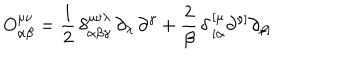
LaTeX: O _ { \alpha \beta } ^ { \mu \nu } = { \frac { 1 } { 2 } } \, \delta _ { \alpha \beta \gamma } ^ { \mu \nu \lambda } \, \partial _ { \lambda } \, \partial ^ { \gamma } + { \frac { 2 } { \beta } } \, \delta \, _ { [ \alpha } ^ { [ \mu } \partial ^ { \nu ] } \partial _ { \beta ] }